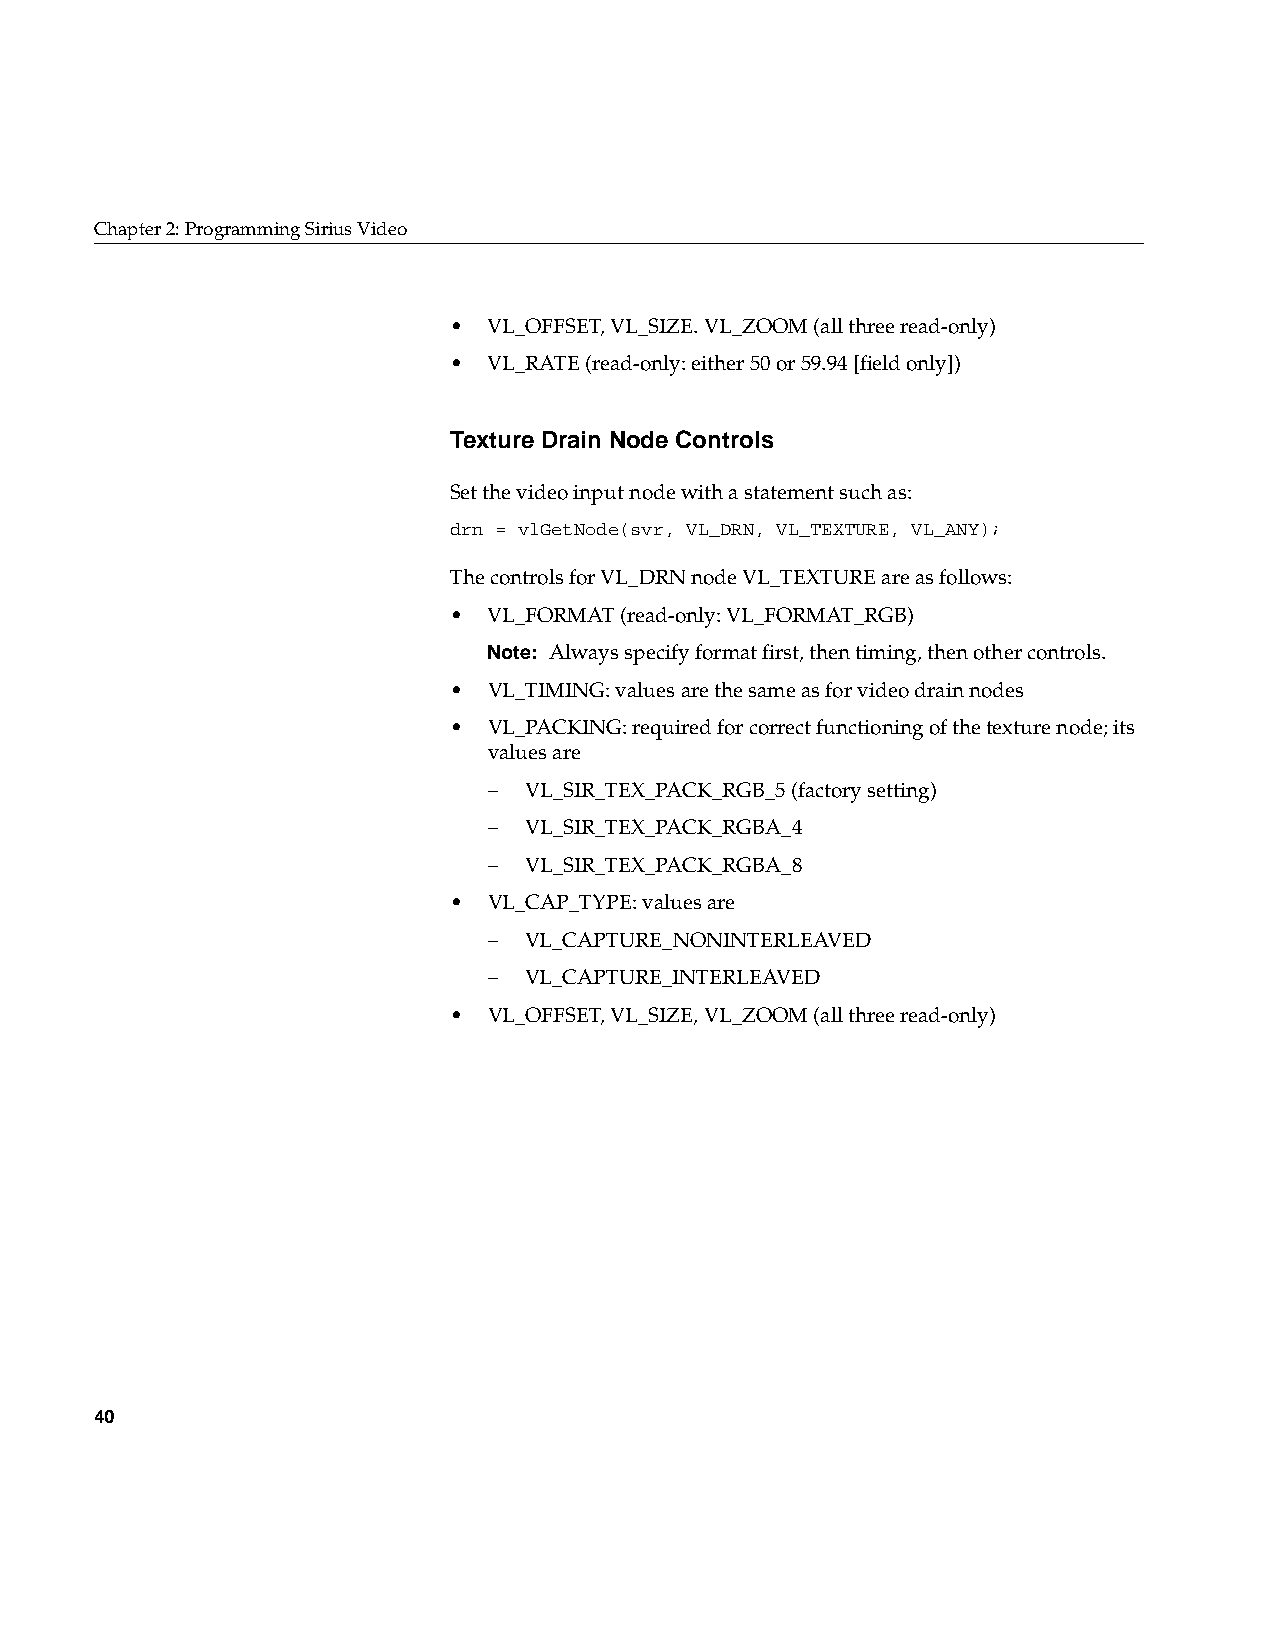
Chapter2: Programming Sirius Video
 • VL_OFFSET, VL_SIZE. VL_ZOOM (all three read-only)
 • VL_RATE (read-only: either 50 or 59.94 [field only])
 Texture Drain Node Controls
 Set the video input node with a statement such as:
 drn = vlGetNode(svr, VL_DRN, VL_TEXTURE, VL_ANY);
 The controls for VL_DRN node VL_TEXTURE are as follows:
 • VL_FORMAT (read-only: VL_FORMAT_RGB)
 Note: Always specify format first, then timing, then other controls.
 • VL_TIMING: values are the same as for video drain nodes
 • VL_PACKING: required for correct functioning of the texture node; its
 values are
 –  VL_SIR_TEX_PACK_RGB_5 (factory setting)
 –  VL_SIR_TEX_PACK_RGBA_4
 –  VL_SIR_TEX_PACK_RGBA_8
 • VL_CAP_TYPE: values are
 –  VL_CAPTURE_NONINTERLEAVED
 –  VL_CAPTURE_INTERLEAVED
 • VL_OFFSET, VL_SIZE, VL_ZOOM (allthreeread-only)
 40